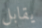
يقابل